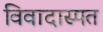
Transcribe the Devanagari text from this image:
विवादास्पत